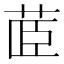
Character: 𮎼